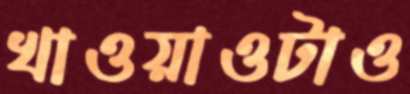
খাওয়াওটাও